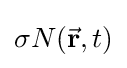
{\sigma N({\vec {\mathbf {r} }},t)}